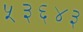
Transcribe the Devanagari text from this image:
५३६४३